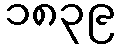
၁၈၃၉